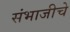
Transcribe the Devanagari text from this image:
संभाजीचे